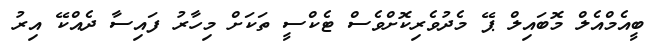
ބީއެމްއެލް މޮބައިލް ޕޭ މެދުވެރިކޮށްވެސް ޓެކްސީ ތަކަށް މިހާރު ފައިސާ ދެއްކޭ އިރު